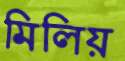
মিলিয়